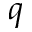
\boldsymbol { q }